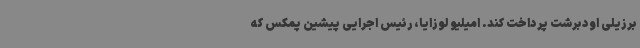
برزیلی اودبرشت پرداخت کند. امیلیو لوزایا، رئیس اجرایی پیشین پمکس که